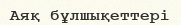
Аяқ бұлшықеттері